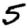
Digit: 5